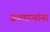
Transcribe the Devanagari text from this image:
जगणाऱ्यांना